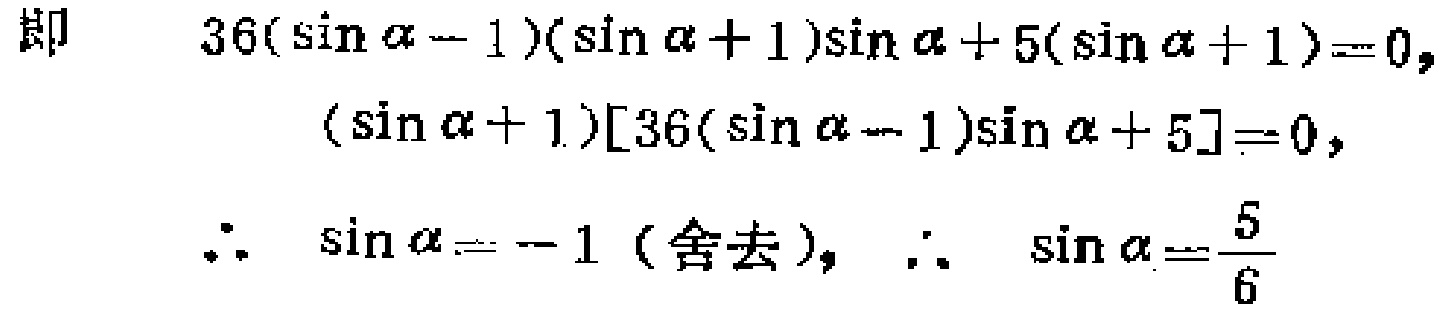
即
\[
\begin{align*}
&36(\sin\alpha - 1)(\sin\alpha + 1)\sin\alpha+5(\sin\alpha + 1)=0,\\
&(\sin\alpha + 1)[36(\sin\alpha - 1)\sin\alpha + 5]=0,\\
\therefore\ &\sin\alpha=-1 \text{ (舍去)}, \therefore\ \sin\alpha=\frac{5}{6}
\end{align*}
\]